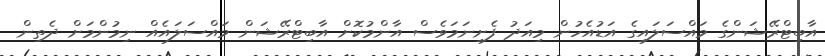
އާބިޓްރޭޝަންގެ މައްސަލައިގެ އަޑުއެހުން މިއަދު ފެށިނަމަވެސް އާންމުކޮށް އާބިޓްރޭޝަން މައްސަލައެއް ނިމުންމަށް ދެތިން